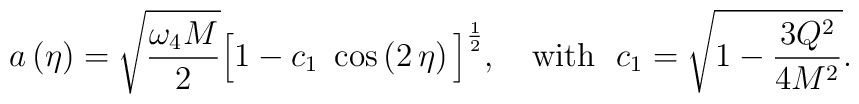
a \left( \eta \right) = \sqrt{\omega_4 M\over 2} \Big[ 1 - c_1 ~\cos \left( 2 \, \eta \right) \Big]^{1\over 2},~~~{\rm with}~~ c_1 = \sqrt{1 - {3 Q^2\over{4 M^2}}}.